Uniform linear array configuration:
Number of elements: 16
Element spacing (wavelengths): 0.5
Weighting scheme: uniform
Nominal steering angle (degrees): -45
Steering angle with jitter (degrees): -46.062
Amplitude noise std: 0.05
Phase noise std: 0.05

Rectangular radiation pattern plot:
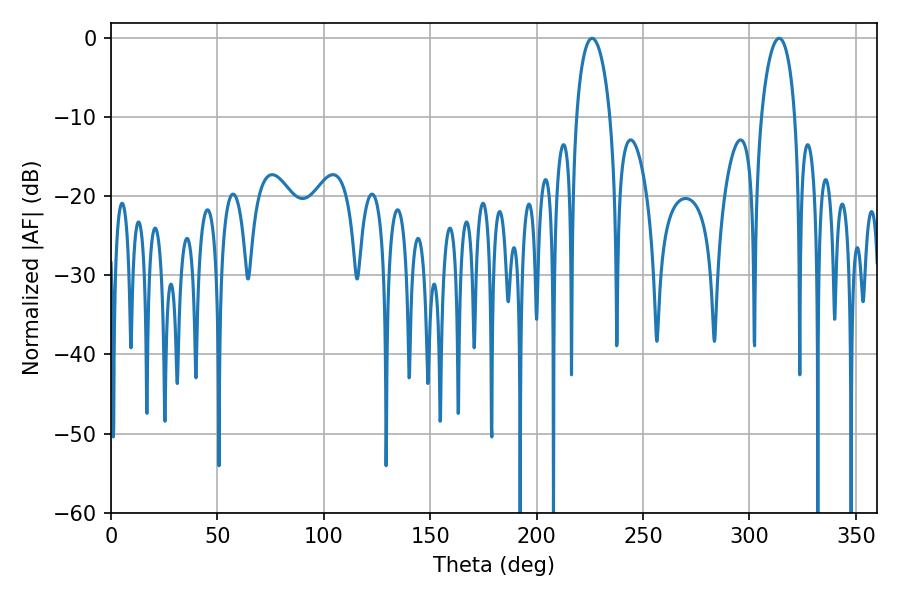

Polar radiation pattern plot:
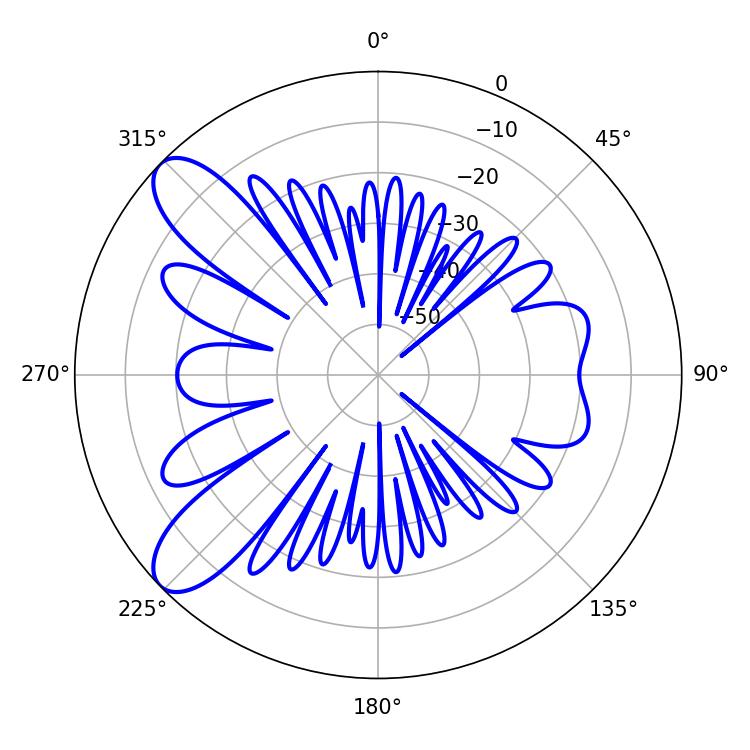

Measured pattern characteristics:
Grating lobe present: FALSE
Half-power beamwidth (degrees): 9
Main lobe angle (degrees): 226.08